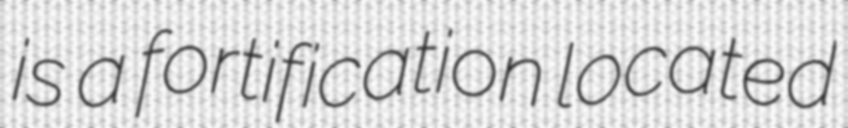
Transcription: is a fortification located